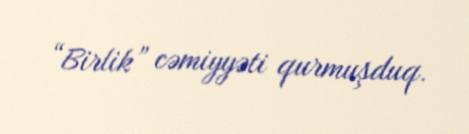
“Birlik” cəmiyyəti qurmuşduq.